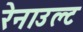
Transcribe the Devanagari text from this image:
रेनाउल्ट